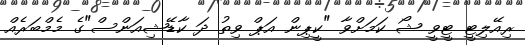
ރިއޭލިޓީ ޓީވީ ޝޯ ކަމަށްވާ "ކީޕިން އަޕް ވިތު ދަ ކާޑޭޝިއަންސް"ގެ މެމްބަރެއް